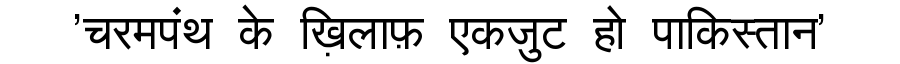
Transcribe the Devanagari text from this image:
'चरमपंथ के ख़िलाफ़ एकजुट हो पाकिस्तान'